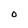
Character: 0